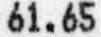
61.65